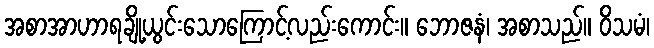
အစာအာဟာရချို့ယွင်းသောကြောင့်လည်းကောင်း။ ဘောဇနံ၊ အစာသည်။ ဝိသမံ၊